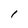
Character: l